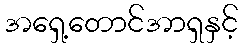
အရှေ့တောင်အာရှနှင့်